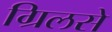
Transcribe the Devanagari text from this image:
ग्रिलसे